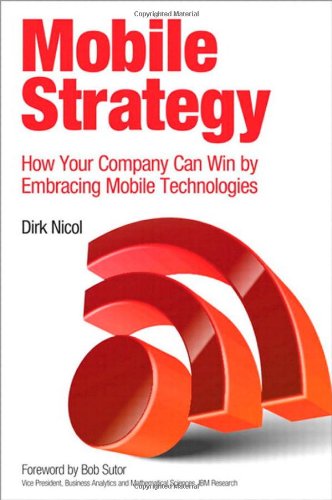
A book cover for Mobile Strategy: How Your Company Can Win by Embracing Mobile Technologies; Dirk Nicol; Computers & Technology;